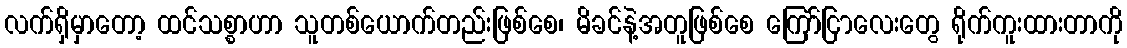
လက်ရှိမှာတော့ ထင်သစ္စာဟာ သူတစ်ယောက်တည်းဖြစ်စေ၊ မိခင်နဲ့အတူဖြစ်စေ ကြော်ငြာလေးတွေ ရိုက်ကူးထားတာကို